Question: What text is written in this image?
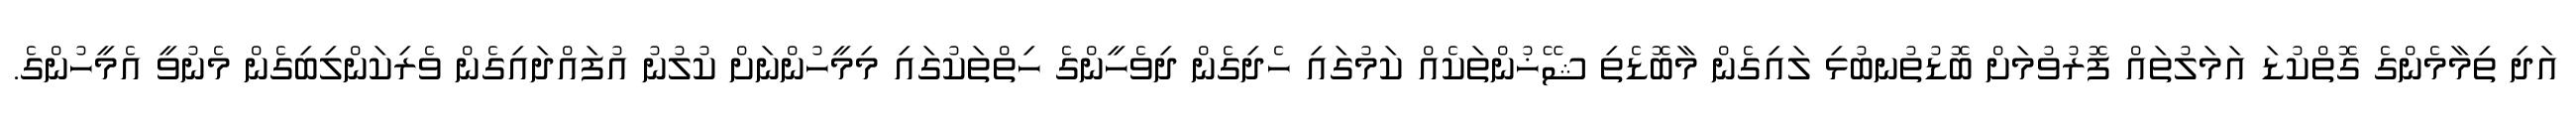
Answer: އަދި ތިމާމެންގެ ގޮތްކުޑަ އަމަލުތައް ފޮރުވުމަށް ބޮޑުތުނބުޅި ލައިގެން މާބޮޑެތި ޝޭޚުންތަކެއް ކަމުގައި ހެދިގެން ދިވެހީންގެ ހިތްތަކުގައި މިމީހުންނަށް ކުލުނު އުފައްދައިގެން ވެރިކަންލިބިގެން މެނުވީ އެމީހުންގެ.